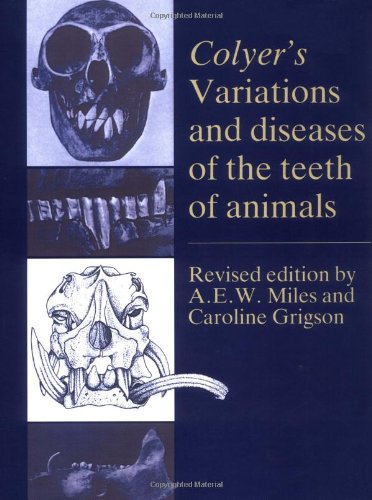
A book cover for Colyer's Variations and Diseases of the Teeth of Animals; Medical Books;